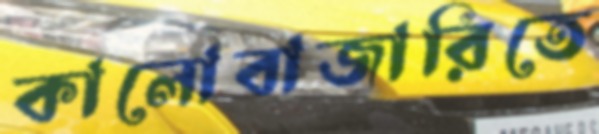
কালোবাজারিতে